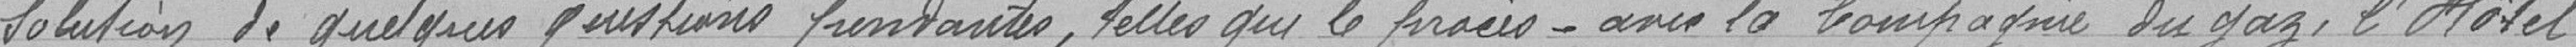
solution de quelques questions pendantes, telle que le procès avec la compagnie de gaz, l'Hôtel